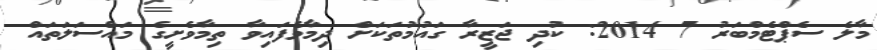
މާލެ ސެޕްޓެމްބަރު 7 2014: ކުދި ޖަޒީރާ ގައުމުތަކަށް ދިމާވެފައިވާ ތިމާވެށީގެ މައްސަލަތައް